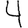
Digit: 4